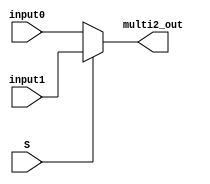
`timescale 1ns / 1ps
//////////////////////////////////////////////////////////////////////////////////
// Company: 
// Engineer: 
// 
// Design Name: 
// Module Name: multi2ne1
// Project Name: 
// Target Devices: 
// Tool Versions: 
// Description: 
// 
// Dependencies: 
// 
// Revision:
// Revision 0.01 - File Created
// Additional Comments:
// 
//////////////////////////////////////////////////////////////////////////////////


module multi2ne1(

    input input0,
    input input1,
    input S,
    output multi2_out
    );
    
assign multi2_out = S ? input1 : input0;


endmodule